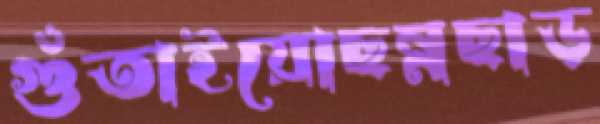
গুঁতাইয়োছন্নছাড়